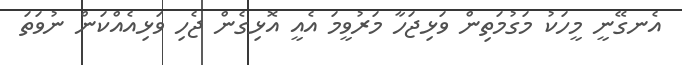
އެނގޭނީ މީހަކު މަގުމަތިން ވަޅިޖަހާ މަރުވީމަ އެއީ އޮޅިގެން ޖެހި ވަޅިއެއްކަން ނުވަތަ